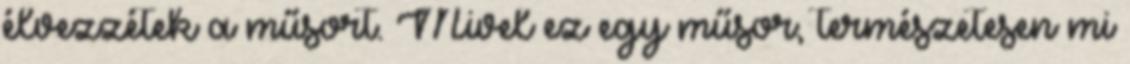
élvezzétek a műsort. Mivel ez egy műsor, természetesen mi